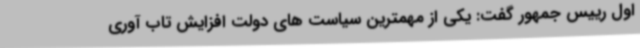
اول رییس جمهور گفت: یکی از مهمترین سیاست های دولت افزایش تاب آوری